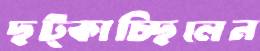
ছট্‌কাচ্ছিলেন